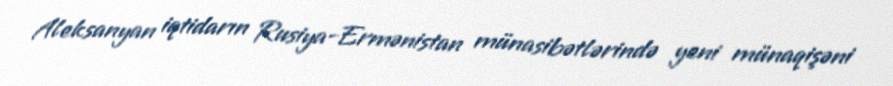
Aleksanyan iqtidarın Rusiya-Ermənistan münasibətlərində yeni münaqişəni